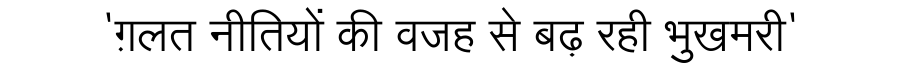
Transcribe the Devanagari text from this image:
'ग़लत नीतियों की वजह से बढ़ रही भुखमरी'